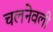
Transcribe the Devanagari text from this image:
चलनेवली